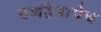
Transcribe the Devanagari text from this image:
वर्णद्वेषाचेच